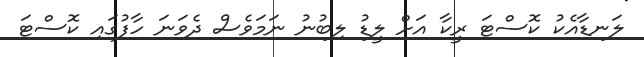
ލަނޑާއެކު ކޮސްޓަ ރީކާ އަށް ލީޑު ލިބުނު ނަމަވެސް ދެވަނަ ހާފުގައި ކޮސްޓަ